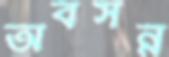
অবসন্ন